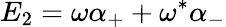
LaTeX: E_{2}=\omega\alpha_{+}+\omega^{\ast}\alpha_{-}